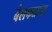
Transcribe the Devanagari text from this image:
बेलफळाचा